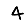
Digit: 4